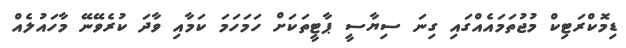
ޑިމޮކްރަޓިކް މުޖުތަމައެއްގައި ގިނަ ސިޔާސީ ޕާޓީތަކަށް ހަމަހަމަ ކަމާއި ވާދަ ކުރެވޭނޭ މާހައުލެއް